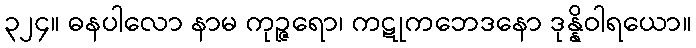
၃၂၄။ ဓနပါလော နာမ ကုဉ္ဇရော၊ ကဋုကဘေဒနော ဒုန္နိဝါရယော။